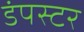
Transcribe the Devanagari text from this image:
डंपस्टर